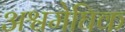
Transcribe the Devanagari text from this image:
अश्वमेघिक